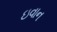
ઇવાન